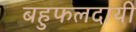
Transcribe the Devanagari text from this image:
बहुफलदायी